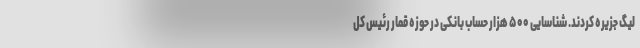
لیگ جزیره کردند. شناسایی ۵۰۰ هزار حساب بانکی در حوزه قمار رئیس کل